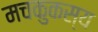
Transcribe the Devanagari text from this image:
मचकुकस्य